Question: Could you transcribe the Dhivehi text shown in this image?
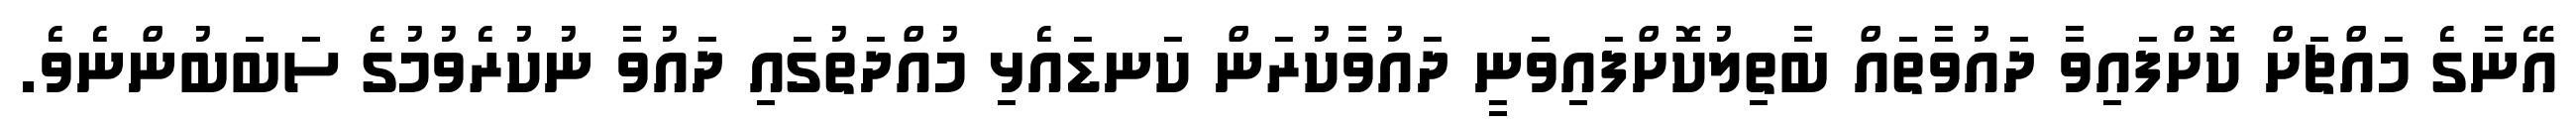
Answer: އޭނާގެ މައްޗަށް ކޮށްފައިވާ ދައުވާތައް ބާތިލުކޮށްފައިވަނީ ދައުވާކުރަން ކަނޑައެޅި މުއްދަތުގައި ދައުވާ ނުކުރެވުމުގެ ސަަބަބުންނެވެ.